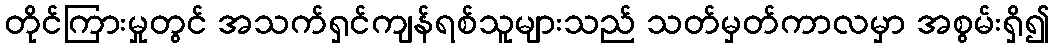
တိုင်ကြားမှုတွင် အသက်ရှင်ကျန်ရစ်သူများသည် သတ်မှတ်ကာလမှာ အစွမ်းရှိ၍